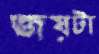
জয়টা